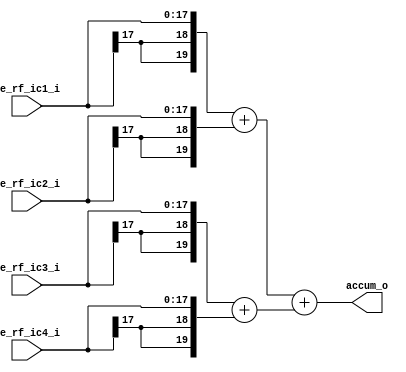
module  pu_adder4#(
    parameter PE_OUTPUT_WD  = 18,
    parameter ACCUM_WD      = 20
)(
    input   [PE_OUTPUT_WD  -1 : 0] pe_rf_ic1_i,
    input   [PE_OUTPUT_WD  -1 : 0] pe_rf_ic2_i,
    input   [PE_OUTPUT_WD  -1 : 0] pe_rf_ic3_i,
    input   [PE_OUTPUT_WD  -1 : 0] pe_rf_ic4_i,
    output  [ACCUM_WD      -1 : 0] accum_o
);

    wire    [ACCUM_WD - 1 : 0]      level_0_1_w;
    wire    [ACCUM_WD - 1 : 0]      level_0_2_w;
    wire    [ACCUM_WD - 1 : 0]      level_0_3_w;
    wire    [ACCUM_WD - 1 : 0]      level_1_1_w;

    /*************** dbg signals ****************/
    wire                            mon_overflow1;
    wire                            mon_overflow2;
    wire                            mon_overflow3;
    wire                            mon_overflow4;

    assign {level_0_1_w} = { {(ACCUM_WD - PE_OUTPUT_WD){pe_rf_ic1_i[PE_OUTPUT_WD - 1]}}, pe_rf_ic1_i} + {{(ACCUM_WD - PE_OUTPUT_WD){pe_rf_ic2_i[PE_OUTPUT_WD - 1]}}, pe_rf_ic2_i}    ;
    assign {level_0_2_w} = { {(ACCUM_WD - PE_OUTPUT_WD){pe_rf_ic3_i[PE_OUTPUT_WD - 1]}}, pe_rf_ic3_i} + {{(ACCUM_WD - PE_OUTPUT_WD){pe_rf_ic4_i[PE_OUTPUT_WD - 1]}}, pe_rf_ic4_i}    ;

    assign {level_1_1_w} = {level_0_1_w} + {level_0_2_w}    ;

    assign accum_o = level_1_1_w;

   endmodule